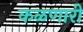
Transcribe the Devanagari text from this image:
कळणारी